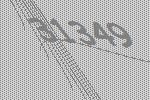
31349